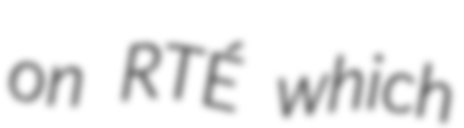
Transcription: on RTÉ which